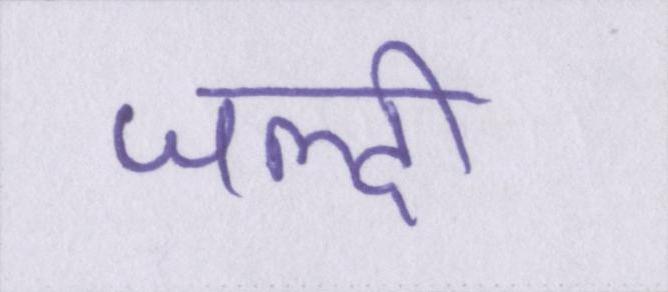
जल्दी